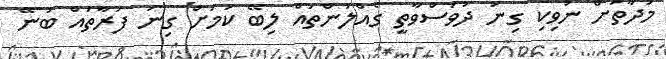
މުދާތަށް ނުވިކި ގިނަ ދުވަސްވާތީ ގެއްލުންތައް ލިބޭ ކަމަށް ގިނަ ފަރާތައް ބުނޭ